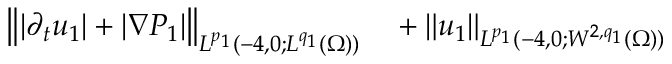
\begin{array} { r l } { \left\lVert | \partial _ { t } u _ { 1 } | + | \nabla P _ { 1 } | \right\rVert _ { L ^ { p _ { 1 } } ( - 4 , 0 ; L ^ { q _ { 1 } } ( \Omega ) ) } } & { { } + \left\lVert u _ { 1 } \right\rVert _ { L ^ { p _ { 1 } } ( - 4 , 0 ; W ^ { 2 , q _ { 1 } } ( \Omega ) ) } } \end{array}